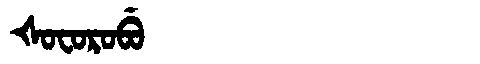
Manchu: ᡧᠣᠸᠣᡵᠣᠪᡠ
Romanization: ŠOFOROBU